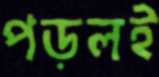
পড়লই